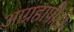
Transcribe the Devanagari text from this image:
आग्रहापोटी